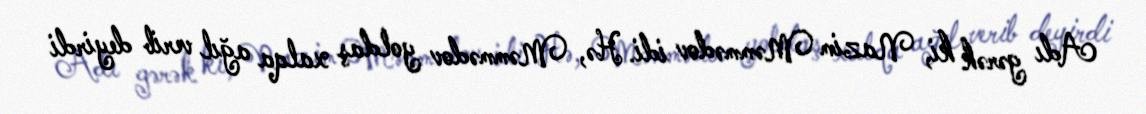
Adı gərək ki, Nazim Məmmədov idi. Hə, Məmmədov yoldaş xalqa ağıl verib deyirdi